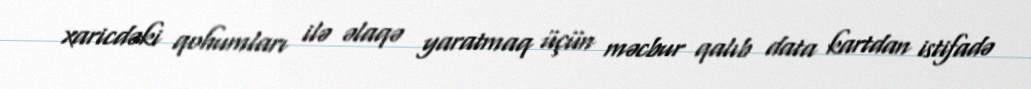
xaricdəki qohumları ilə əlaqə yaratmaq üçün məcbur qalıb data kartdan istifadə